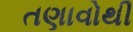
તણાવોથી